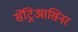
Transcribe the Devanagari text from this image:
सेंट्रिआसिनर